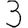
Digit: 3